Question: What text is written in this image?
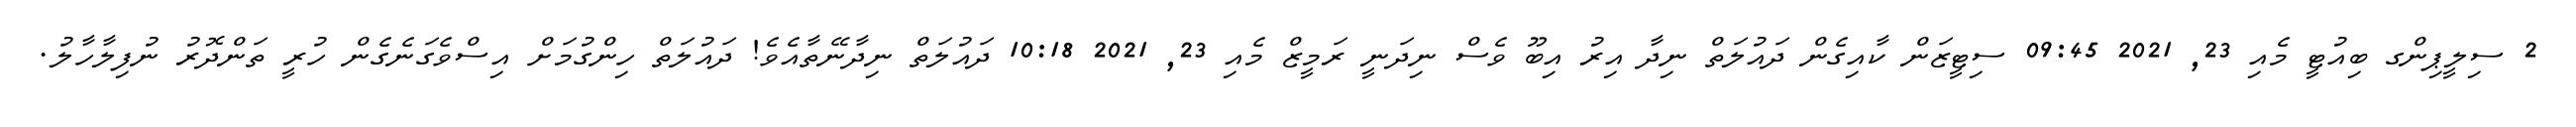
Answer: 2 ސިލީޕިންގ ބިއުޓީ މެއި 23, 2021 09:45 ސިޓީޒަން ކާއިގެން ދައުލަތް ނިދާ އިރު އިބޫ ވެސް ނިދަނީ ރަމީޒް މެއި 23, 2021 10:18 ދައުލަތް ނިދާނޭތާއެވެ! ދައުލަތް ހިންގުމަށް އިސްވެގަނެގެން ހުރީ ތަންދޮރު ނުފިލާހާލު.